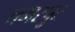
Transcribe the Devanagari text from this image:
चमरपुर